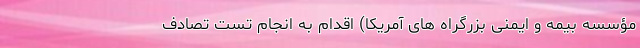
مؤسسه‌ بیمه و ایمنی بزرگراه‌ های آمریکا) اقدام به انجام تست تصادف